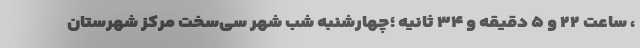
، ساعت ۲۲ و ۵ دقیقه و ۳۴ ثانیه ؛چهارشنبه شب شهر سی‌سخت مرکز شهرستان